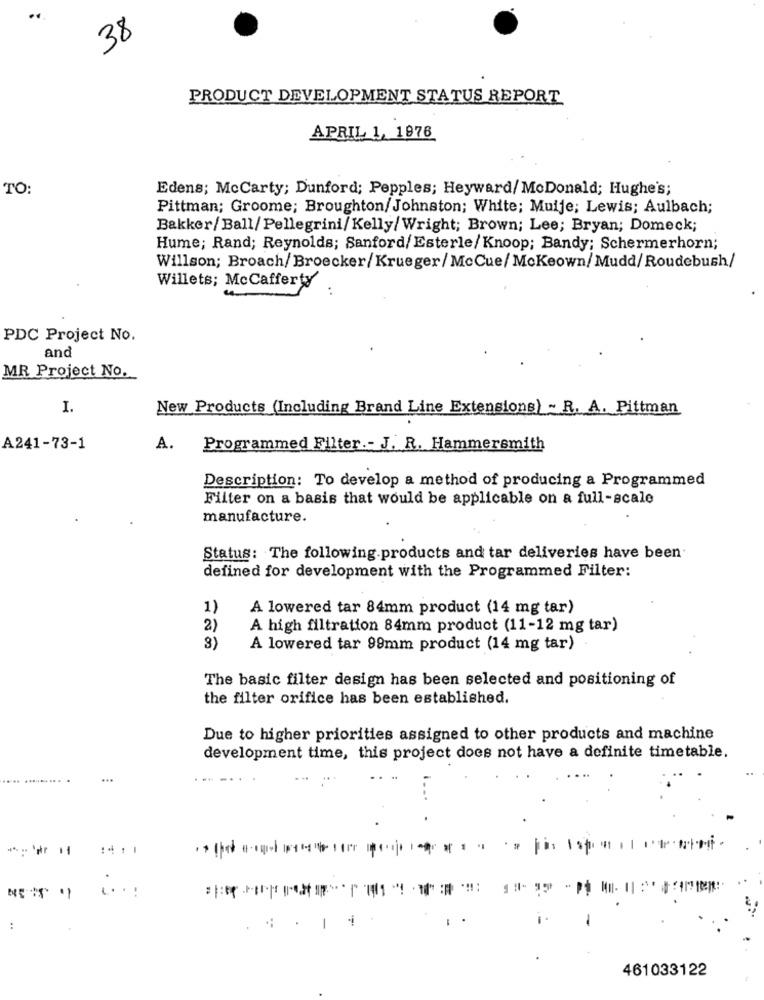
38
PRODUCT DEVELOPMENT STATUS REPORT
APRIL 1, 1976
TO:
Edens; McCarty; Dunford; Pepples; Heyward/ MoDonald; Hughe's;
Pittman; Groome; Broughton/Johnston; White; Muije; Lewis; Aulbach;
Bakker/Ball/Pellegrini/Kelly/Wright; Brown; Lee; Bryan; Domeck;
Hume; Rand; Reynolds; Sanford/ Esterle/Knoop; Bandy; Schermerhorn;
Willson; Broach/Broecker/Krueger/ McCue/ Mckeown/ Mudd/ Roudebush/
Willets; Mccafferty
PDC Project No.
and
MR Project No.
I.
New Products (Including Brand Line Extensions) ~ R. A. Pittman
A241-73-1
A.
Programmed Filter .- J. R. Hammersmith
Description: To develop a method of producing a Programmed
Filter on a basis that would be applicable on a full-scale
manufacture.
Status: The following products and tar deliveries have been
defined for development with the Programmed Filter:
1)
A lowered tar 84mm product (14 mg tar)
2)
A high filtration 84mm product (11-12 mg tar)
3)
A lowered tar 99mm product (14 mg tar)
The basic filter design has been selected and positioning of
the filter orifice has been established.
Due to higher priorities assigned to other products and machine
development time, this project does not have a definite timetable.
.... ..
....
-
:
-
461033122